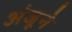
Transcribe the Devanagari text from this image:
अंजूने